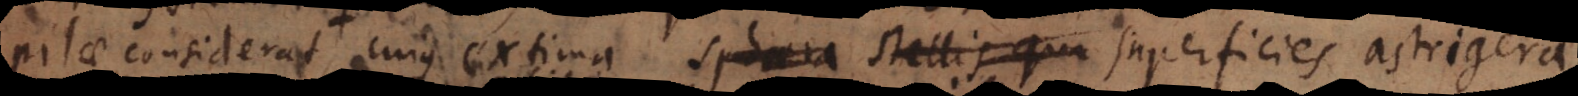
pilae considerat, cujus extima sphaera stellis qua superficies astrigera